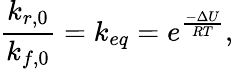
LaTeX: \frac{k_{r,0}}{k_{f,0}}=k_{eq}=e^{\frac{-\Delta U}{RT}},